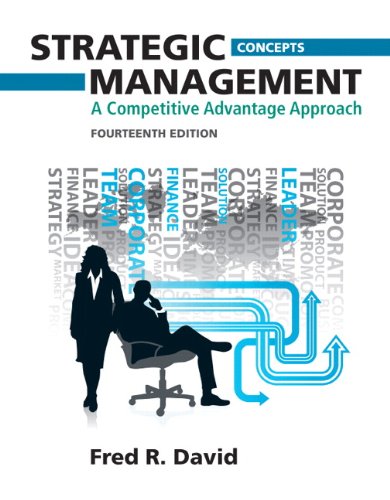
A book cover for Strategic Management: A Competitive Advantage Approach, Concepts (14th Edition); Fred R. David; Business & Money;